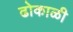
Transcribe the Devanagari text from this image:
ढोकाळी